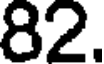
82.